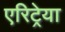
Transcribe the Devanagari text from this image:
एरिट्रेया